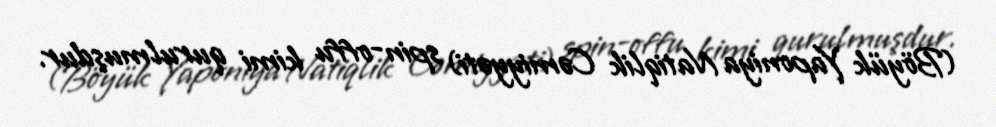
(Böyük Yaponiya Natiqlik Cəmiyyəti) spin-offu kimi qurulmuşdur.